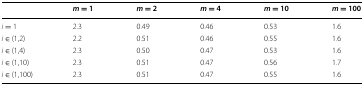
<table><thead><tr><td></td><td><b><i>m</i> = 1</b></td><td><b><i>m</i> = 2</b></td><td><b><i>m</i> = 4</b></td><td><b><i>m</i> = 10</b></td><td><b><i>m</i> = 100</b></td></tr></thead><tbody><tr><td><i>i</i> = 1</td><td>2.3</td><td>0.49</td><td>0.46</td><td>0.53</td><td>1.6</td></tr><tr><td><i>i</i> ∈ (1,2)</td><td>2.2</td><td>0.51</td><td>0.46</td><td>0.55</td><td>1.6</td></tr><tr><td><i>i</i> ∈ (1,4)</td><td>2.3</td><td>0.50</td><td>0.47</td><td>0.53</td><td>1.6</td></tr><tr><td><i>i</i> ∈ (1,10)</td><td>2.3</td><td>0.51</td><td>0.47</td><td>0.56</td><td>1.7</td></tr><tr><td><i>i</i> ∈ (1,100)</td><td>2.3</td><td>0.51</td><td>0.47</td><td>0.55</td><td>1.6</td></tr></tbody></table>